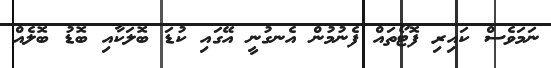
ނަމަވެސް ކައިރި ފޮޓޯތައް ފެނުމުން އެނގުނީ އޭގައި ކުޑަ ބޮލަކާއި ބޮޑު ބޮލެއް